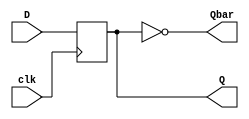
`timescale 1ns / 1ps
//////////////////////////////////////////////////////////////////////////////////
// Company: IIT Roorkee 
// Engineers: Rohith Asrk, Nitin Sethi, Sri Vathsa, Shashwat Kumar
// 
// Design Name: 
// Module Name:    FF 
// Project Name: FPGA Implementation of Image Watermarking
// Target Devices:
// Tool versions: 
// Description: 
//
// Dependencies: 
//
// Revision: 
// Revision 0.01 - File Created
// Additional Comments: 
//
//////////////////////////////////////////////////////////////////////////////////

module FF(
    input clk,
    input D,
    output reg Q,
    output wire Qbar
);

parameter init = 0;

initial
Q = init;

assign Qbar = ~Q;

always@(posedge clk)
    begin
        Q = D;
    end

endmodule